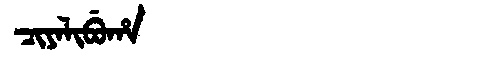
Manchu: ᠴᡳᠶᠠᠯᡳᠪᡠᡥᠠ
Romanization: CIYALIBUHA